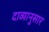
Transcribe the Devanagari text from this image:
दाव्यानुसार